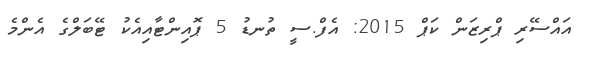
އައްސޭރި ޕްރިޒަން ކަޕް 2015: އެފް.ސީ ތުނޑު 5 ޕޮއިންޓާއިއެކު ޓޭބަލްގެ އެންމެ